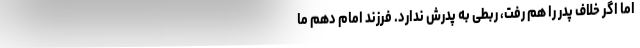
اما اگر خلاف پدر را هم رفت، ربطی به پدرش ندارد. فرزند امام دهم ما